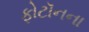
ફોટૉનના